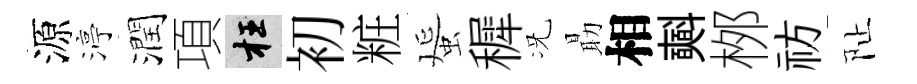
源渟潤項枉初粧蜑穉况朂相𣂏桞祊阯